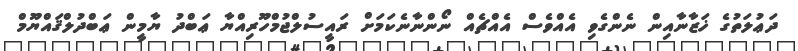
ދަޢުލަތުގެ ޚަޒާނާއިން ނެންގެވި އެއްވެސް އެއްޗެއް ނޯންނާނެކަމަށް ރައީސުލްޖުމްހޫރިއްޔާ ޢަބްދު ޔާމީން ޢަބްދުލްޤައްޔޫމް